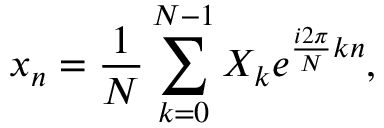
x _ { n } = \frac { 1 } { N } \sum _ { k = 0 } ^ { N - 1 } X _ { k } e ^ { \frac { i 2 \pi } { N } k n } ,